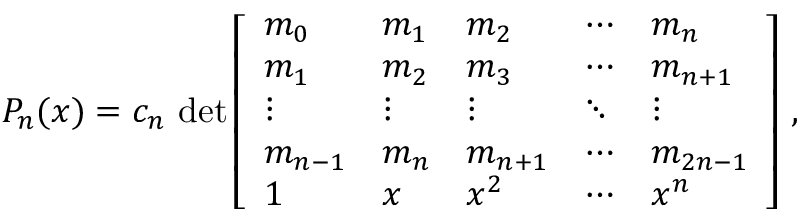
P _ { n } ( x ) = c _ { n } \, \operatorname* { d e t } { \left[ \begin{array} { l l l l l } { m _ { 0 } } & { m _ { 1 } } & { m _ { 2 } } & { \cdots } & { m _ { n } } \\ { m _ { 1 } } & { m _ { 2 } } & { m _ { 3 } } & { \cdots } & { m _ { n + 1 } } \\ { \vdots } & { \vdots } & { \vdots } & { \ddots } & { \vdots } \\ { m _ { n - 1 } } & { m _ { n } } & { m _ { n + 1 } } & { \cdots } & { m _ { 2 n - 1 } } \\ { 1 } & { x } & { x ^ { 2 } } & { \cdots } & { x ^ { n } } \end{array} \right] } ~ ,